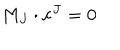
M _ { J } \cdot \mathbf { c } ^ { J } = 0